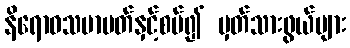
နိရောဓသမာပတ်နှင့်စပ်၍ မှတ်သားဖွယ်များ